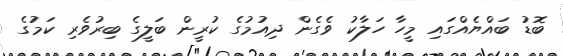
ބޮޑު ބައްޔެއްގައި މީހާ ހަލާކު ވެގެން ދިއުމުގެ ކުރީން ބަލީގެ ބިރުވެރި ކަމުގެ